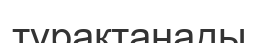
тұрақтанады